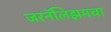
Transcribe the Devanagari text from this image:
जरनॅलिझमचा